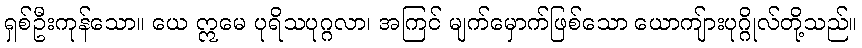
ရှစ်ဦးကုန်သော။ ယေ ဣမေ ပုရိသပုဂ္ဂလာ၊ အကြင် မျက်မှောက်ဖြစ်သော ယောကျ်ားပုဂ္ဂိုလ်တို့သည်။